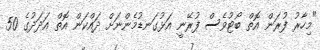
"މިހާރު ފުރަން އޮތް ބޯޓުވެސް ފުރޭނީ އަޅުގަނޑުމެންނަށް ދައްކަން އޮތް އަދަދުގެ 50